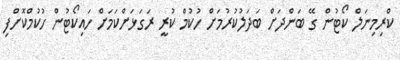
ކްރިމިނަލް ކޯޓުން ގޭ ބަންދަށް ބަދަލުކުރުމަށް ހުކުމް ކުރީ ރަގަޅަށްކަމަށް ހައިކޯޓުން ހުކުމްކޮށްފި